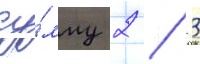
су́мму 2 / 3